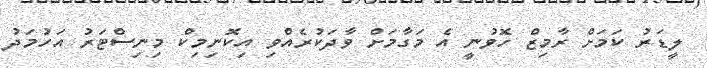
ލީޑަރު ކަމަށް ރާމިޒް ހޮވުނީ އެ މަގާމަށް ވާދަކުރެއްވި އިކޮނިމިކް މިނިސްޓަރު އަހުމަދު